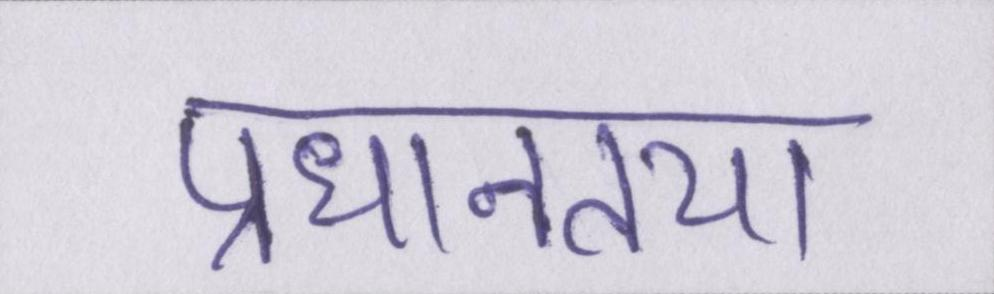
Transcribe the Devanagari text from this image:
प्रधानतया